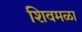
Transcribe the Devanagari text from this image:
शिवमळा